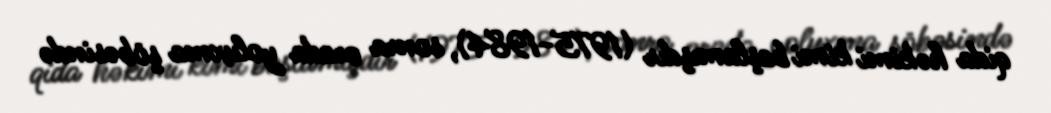
qida həkimi kimi başlamışdır (1975-1984), sonra orada yoluxma şöbəsində